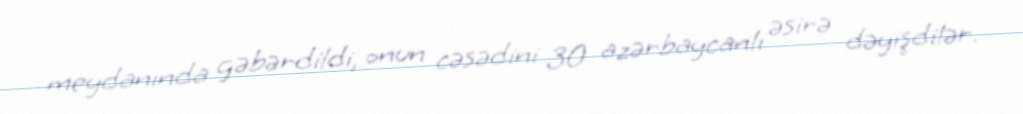
meydanında gəbərdildi, onun cəsədini 30 azərbaycanlı əsirə dəyişdilər.